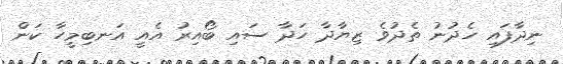
ނިދާފައި ހެދުނު ތެދުވެ ޒިޔާދާ ހަދާ ސައި ބޯއިރު އެއީ އަނބިމީހާ ކަން